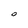
Character: O